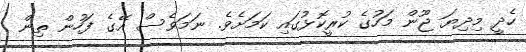
ހެދީ މިދިޔަ ޖޫން މަހުގެ ކުރީކޮޅުގައި ކަމަށެވެ. ނަމަވެސް އޭގެ ފަހުން ތިން